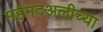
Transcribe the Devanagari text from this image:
महंमदअलीच्या